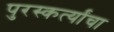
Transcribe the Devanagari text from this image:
पुरस्कर्त्यांचा